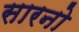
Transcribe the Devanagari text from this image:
सारनो